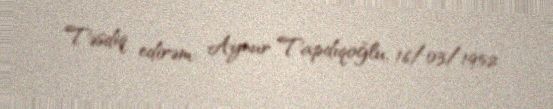
Təsdiq edirəm: Aynur Tapdıqoğlu, 16/03/1952